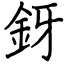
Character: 釾